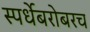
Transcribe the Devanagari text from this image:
स्पर्धेबरोबरच